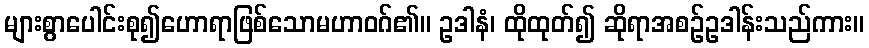
များစွာပေါင်းစု၍ဟောရာဖြစ်သောမဟာဝဂ်၏။ ဥဒါနံ၊ ထိုထုတ်၍ ဆိုရာအစဉ်ဥဒါန်းသည်ကား။